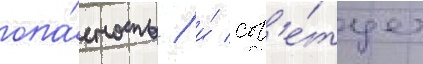
опа́сность / и́ сов'е́тует